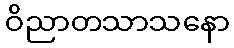
ဝိညာတသာသနော